Indian Civil Veterinary Department memoirs
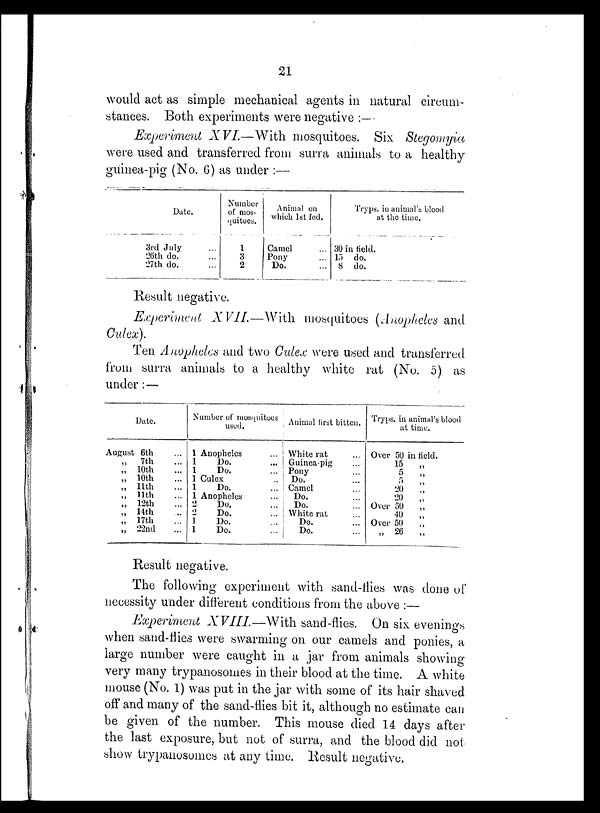
21
would act as simple mechanical agents in natural circum-
stances. Both experiments were negative : —
Experiment XVI.—With mosquitoes. Six Stegomyia
were used and transferred from surra animals to a healthy
guinea-pig (No. 6) as under :—
Date.
3rd July ...
26th do. ...
27th do. ...
Number
of mos-
quitoes.
1
3
2
Animal on
which 1st fed.
Camel ...
Pony ...
Do. ...
Tryps. in animal's blood
at the time.
30 in field.
15 do.
8 do.
Result negative.
Experiment XVII.—With
mosquitoes (Anopheles and
Culex).
Ten Anopheles and two Culex were used and transferred
from surra animals to a healthy white rat (No. 5) as
under :—
Date.
August 6th ...
„ 7th ...
„ 10th ...
„ 10th ...
„ 11th ...
„ 11th ...
„ 12th ...
„ 14th ...
„ 17th ..
„ 22nd ...
Number of mosquitoes
used.
1 Anopheles ...
1
Do. ...
1
Do. ...
1 Culex ..
1
Do. ...
1 Anopheles ...
2
Do. ...
2
Do. ...
1
Do. ...
1
Do. ...
Animal first bitten.
White rat ...
Guinea-pig ...
Pony ...
Do. ...
Camel ...
Do. ...
Do. ...
White rat ...
Do. ...
Do. ...
Tryps. in animal's blood
at time.
Over 50 in field.
15
5
„ ...
5 „
20
20
Over 50
40 „
Over 50
„ 26
„
Result negative.
The following experiment with sand-flies was done of
necessity under different conditions from the above :—
Experiment XVIII.—With sand-flies. On six evenings
when sand-flies were swarming on our camels and ponies, a
large number were caught in a jar from animals showing
very many trypanosomes in their blood at the time. A white
mouse (No. 1) was put in the jar with some of its hair shaved
off and many of the sand-flies bit it, although no estimate can
be given of the number. This mouse died 14 days after
the last exposure, but not of surra, and the blood did not
show trypanosomes at any time. Result negative.